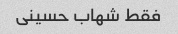
فقط شهاب حسینی